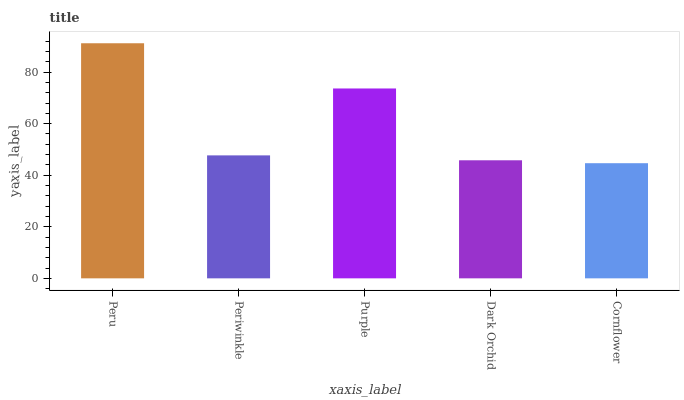
| xaxis_label | bars |
 | --- | --- |
 | Peru | 91.2 |
 | Periwinkle | 47.7 |
 | Purple | 73.7 |
 | Dark Orchid | 45.8 |
 | Cornflower | 44.7 |